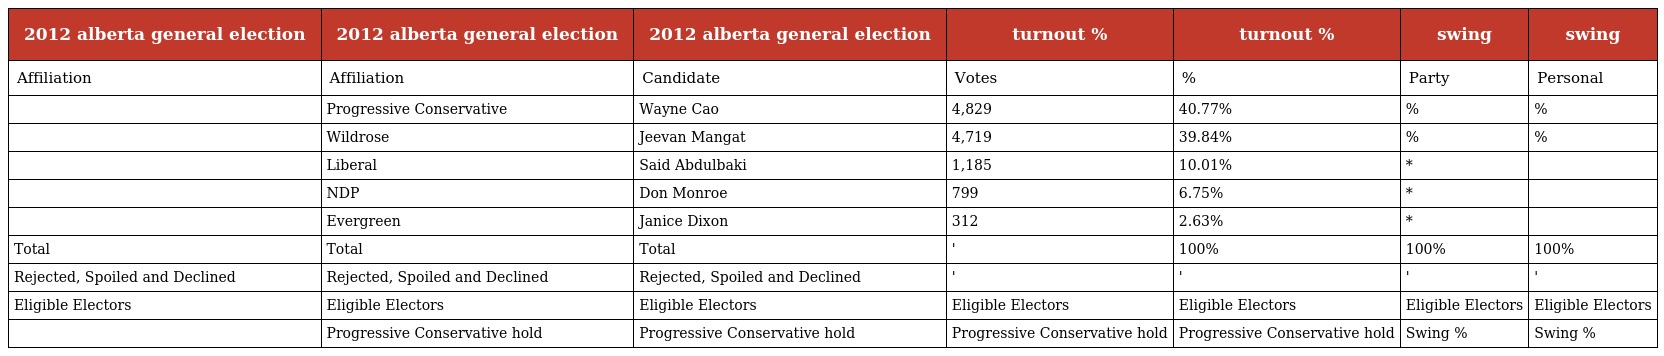
| 2012 alberta general election | 2012 alberta general election | 2012 alberta general election | turnout % | turnout % | swing | swing |
 | --- | --- | --- | --- | --- | --- | --- |
 | Affiliation | Affiliation | Candidate | Votes | % | Party | Personal |
 |  | Progressive Conservative | Wayne Cao | 4,829 | 40.77% | % | % |
 |  | Wildrose | Jeevan Mangat | 4,719 | 39.84% | % | % |
 |  | Liberal | Said Abdulbaki | 1,185 | 10.01% | * |  |
 |  | NDP | Don Monroe | 799 | 6.75% | * |  |
 |  | Evergreen | Janice Dixon | 312 | 2.63% | * |  |
 | Total | Total | Total | ' | 100% | 100% | 100% |
 | Rejected, Spoiled and Declined | Rejected, Spoiled and Declined | Rejected, Spoiled and Declined | ' | ' | ' | ' |
 | Eligible Electors | Eligible Electors | Eligible Electors | Eligible Electors | Eligible Electors | Eligible Electors | Eligible Electors |
 |  | Progressive Conservative hold | Progressive Conservative hold | Progressive Conservative hold | Progressive Conservative hold | Swing % | Swing % |